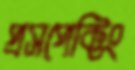
প্রসপেক্টিং